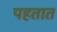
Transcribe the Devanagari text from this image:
पहतात